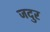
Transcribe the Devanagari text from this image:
जदुर